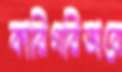
কারিগরিভাবে